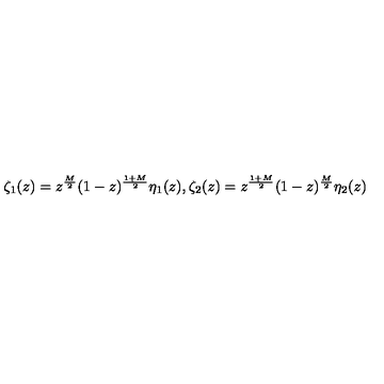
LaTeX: \zeta _ { 1 } ( z ) = z ^ { \frac { M } { 2 } } ( 1 - z ) ^ { \frac { 1 + M } { 2 } } \eta _ { 1 } ( z ) , \zeta _ { 2 } ( z ) = z ^ { \frac { 1 + M } { 2 } } ( 1 - z ) ^ { \frac { M } { 2 } } \eta _ { 2 } ( z )